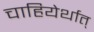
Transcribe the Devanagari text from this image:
चाहियेर्थात्